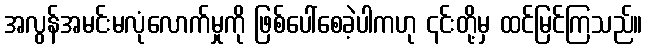
အလွန်အမင်းမလုံလောက်မှုကို ဖြစ်ပေါ်စေခဲ့ပါကဟု ၎င်းတို့မှ ထင်မြင်ကြသည်။